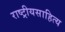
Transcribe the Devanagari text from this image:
राष्ट्रीयसाहित्य